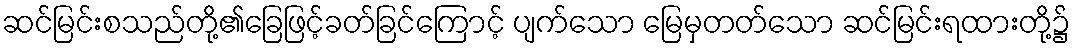
ဆင်မြင်းစသည်တို့၏ခြေဖြင့်ခတ်ခြင်ကြောင့် ပျက်သော မြေမှတတ်သော ဆင်မြင်းရထားတို့၌